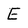
Character: E